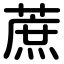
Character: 蔗